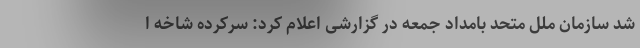
شد سازمان ملل متحد بامداد جمعه در گزارشی اعلام کرد: سرکرده شاخه ا